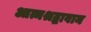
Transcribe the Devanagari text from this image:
आत्मश्रद्धावान